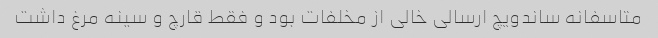
متاسفانه ساندویچ ارسالی خالی از مخلفات بود و فقط قارچ و سینه مرغ داشت